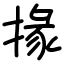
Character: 掾